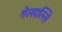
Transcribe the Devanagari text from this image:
नेलदल्लि